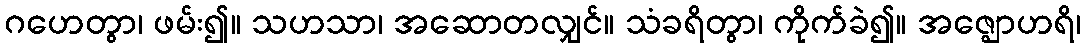
ဂဟေတွာ၊ ဖမ်း၍။ သဟသာ၊ အဆောတလျှင်။ သံခရိတွာ၊ ကိုက်ခဲ၍။ အဇ္ဈောဟရိ၊